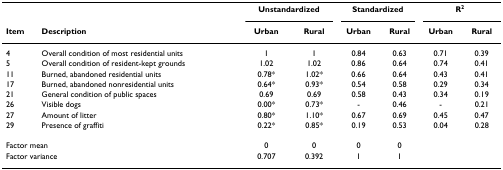
|  |  | <COLSPAN=2> Unstandardized | <COLSPAN=2> Standardized | <COLSPAN=2> R2 |
 | Item | Description | Urban | Rural | Urban | Rural | Urban | Rural |
 | --- | --- | --- | --- | --- | --- | --- | --- |
 | 4 | Overall condition of most residential units | 1 | 1 | 0.84 | 0.63 | 0.71 | 0.39 |
 | 5 | Overall condition of resident-kept grounds | 1.02 | 1.02 | 0.86 | 0.64 | 0.74 | 0.41 |
 | 11 | Burned, abandoned residential units | 0.78* | 1.02* | 0.66 | 0.64 | 0.43 | 0.41 |
 | 17 | Burned, abandoned nonresidential units | 0.64* | 0.93* | 0.54 | 0.58 | 0.29 | 0.34 |
 | 21 | General condition of public spaces | 0.69 | 0.69 | 0.58 | 0.43 | 0.34 | 0.19 |
 | 26 | Visible dogs | 0.00* | 0.73* | - | 0.46 | - | 0.21 |
 | 27 | Amount of litter | 0.80* | 1.10* | 0.67 | 0.69 | 0.45 | 0.47 |
 | 29 | Presence of graffiti | 0.22* | 0.85* | 0.19 | 0.53 | 0.04 | 0.28 |
 | <COLSPAN=2> Factor mean | 0 | 0 | 0 | 0 |  |  |
 | <COLSPAN=2> Factor variance | 0.707 | 0.392 | 1 | 1 |  |  |